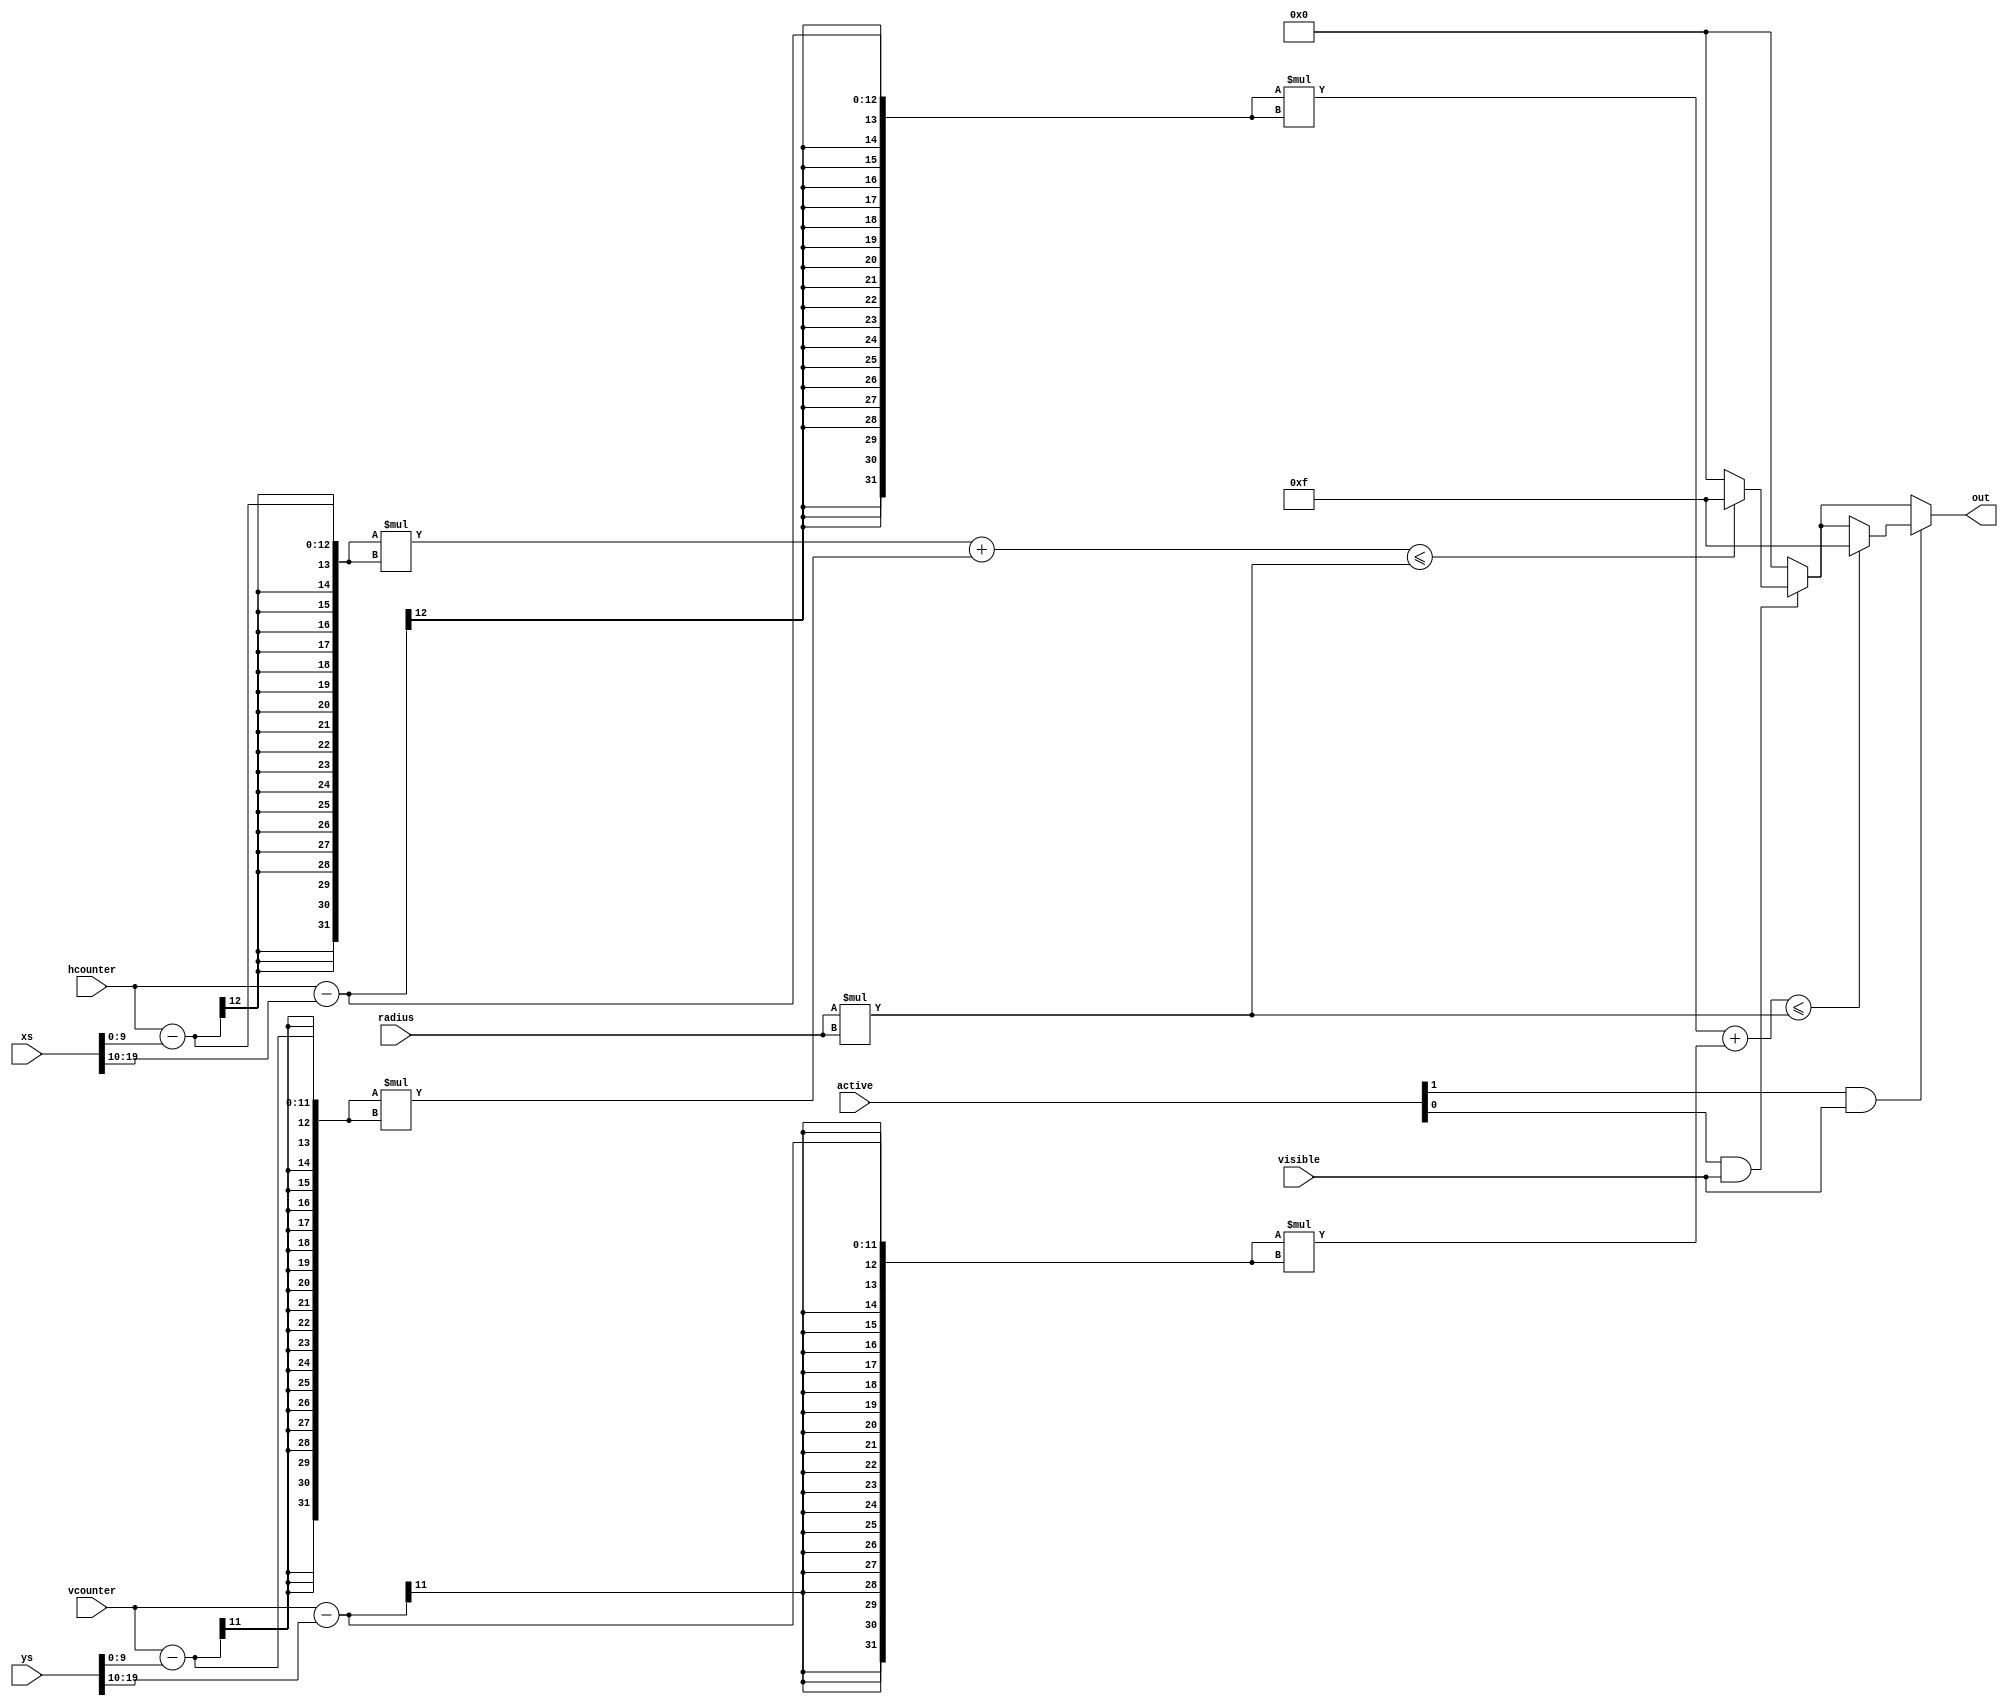
module draw_ball
#(
	parameter BALL_NUM = 2
)
(
	input [10:0] vcounter,
	input [11:0] hcounter,
	input visible,
	input [BALL_NUM*10-1:0] xs, ys,
	input [1:0] active,
	input [5:0] radius,
	output reg [3:0] out
);

always @(*)
begin : circle
	integer i;
	out = 4'b0000;
	for (i=0; i<2; i=i+1) begin : forblock
		if (active[i] && visible) begin : ballblock
			integer dx, dy;
			dx = hcounter;
			dy = vcounter;
			dx = dx - xs[i*10+:10];
			dy = dy - ys[i*10+:10];
			if (dx*dx + dy*dy <= radius*radius) begin
				out = 4'b1111;
			end
		end
	end
end
endmodule